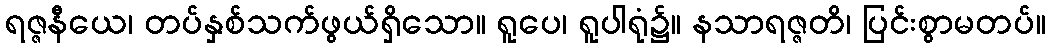
ရဇ္ဇနီယေ၊ တပ်နှစ်သက်ဖွယ်ရှိသော။ ရူပေ၊ ရူပါရုံ၌။ နသာရဇ္ဇတိ၊ ပြင်းစွာမတပ်။